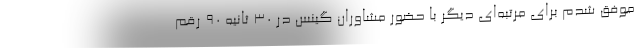
موفق شدم برای مرتبه‌ای دیگر با حضور مشاوران گینس در ۳۰ ثانیه ۹۰ رقم